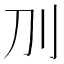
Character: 𠚥